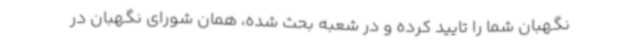
نگهبان شما را تایید کرده و در شعبه بحث شده، همان شورای نگهبان در